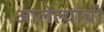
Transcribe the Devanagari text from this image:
आलेल्यांची